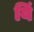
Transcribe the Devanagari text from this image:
यिं